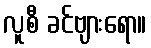
လူစီ ခင်ဗျားရော။